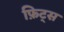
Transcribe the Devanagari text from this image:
फ़िट्स